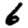
Digit: 6